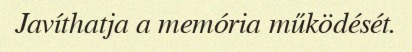
Javíthatja a memória működését.